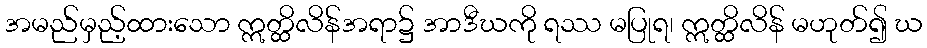
အမည်မှည့်ထားသော ဣတ္ထိလိန်အရာ၌ အာဒီဃကို ရဿ မပြုရ၊ ဣတ္ထိလိန် မဟုတ်၍ ဃ